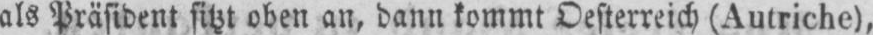
als Präsident sitzt oben an, dann kommt Oesterreich (Autriche),